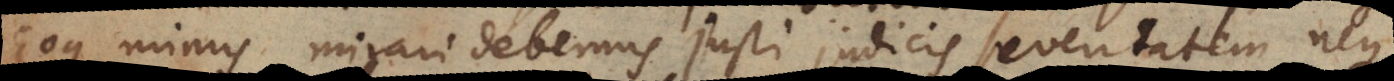
Eoque minus mirari debemus justi judicis severitatem, neque